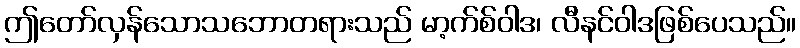
ဤတော်လှန်သောသဘောတရားသည် မာ့က်စ်ဝါဒ၊ လီနင်ဝါဒဖြစ်ပေသည်။